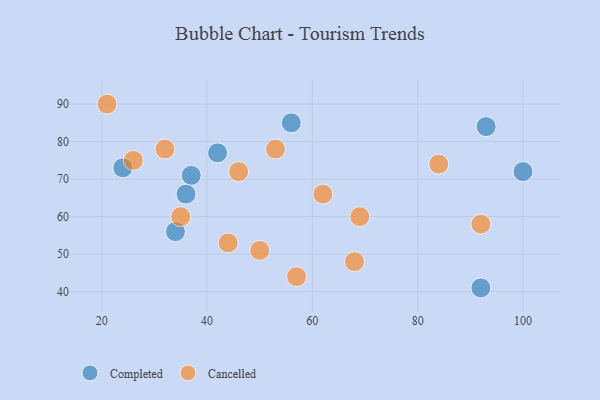
{"axis": {"x": "GDP", "y": "Life Expectancy"}, "legend": ["Cancelled", "Completed"], "data": [{"x": "37", "y": 71, "type": "Completed"}, {"x": "24", "y": 73, "type": "Completed"}, {"x": "56", "y": 85, "type": "Completed"}, {"x": "93", "y": 84, "type": "Completed"}, {"x": "42", "y": 77, "type": "Completed"}, {"x": "100", "y": 72, "type": "Completed"}, {"x": "34", "y": 56, "type": "Completed"}, {"x": "92", "y": 41, "type": "Completed"}, {"x": "36", "y": 66, "type": "Completed"}, {"x": "50", "y": 51, "type": "Cancelled"}, {"x": "26", "y": 75, "type": "Cancelled"}, {"x": "57", "y": 44, "type": "Cancelled"}, {"x": "35", "y": 60, "type": "Cancelled"}, {"x": "69", "y": 60, "type": "Cancelled"}, {"x": "32", "y": 78, "type": "Cancelled"}, {"x": "68", "y": 48, "type": "Cancelled"}, {"x": "53", "y": 78, "type": "Cancelled"}, {"x": "46", "y": 72, "type": "Cancelled"}, {"x": "21", "y": 90, "type": "Cancelled"}, {"x": "84", "y": 74, "type": "Cancelled"}, {"x": "62", "y": 66, "type": "Cancelled"}, {"x": "44", "y": 53, "type": "Cancelled"}, {"x": "92", "y": 58, "type": "Cancelled"}]}